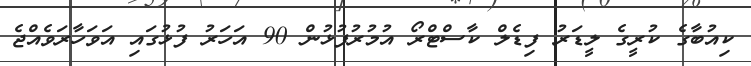
ކިއުބާގެ ކުރީގެ ލީޑަރު ފިޑެލް ކާސްޓްރޯ އުމުރުފުޅުން 90 އަހަރު ފުޅުގައި އަވަހާރަވެއްޖެ